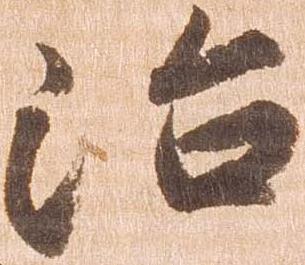
治